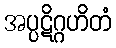
အပ္ပဋိဂ္ဂဟိတံ